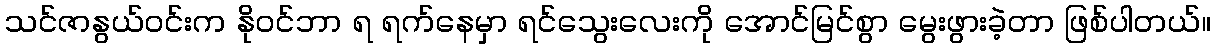
သင်ဇာနွယ်ဝင်းက နိုဝင်ဘာ ရ ရက်နေမှာ ရင်သွေးလေးကို အောင်မြင်စွာ မွေးဖွားခဲ့တာ ဖြစ်ပါတယ်။